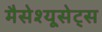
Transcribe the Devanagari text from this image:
मैसेश्यूसेट्स